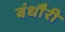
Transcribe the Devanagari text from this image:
बंधौैरी